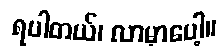
ရပါတယ်၊ လာမှာပေါ့။